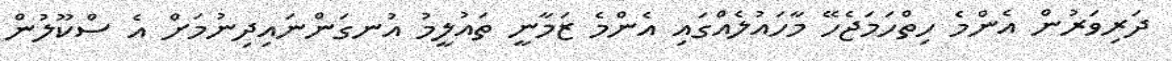
ދަރިވަރުން އެންމެ ހިތްހަމަޖެހޭ މާހައުލެއްގައި އެންމެ ޒަމާނީ ތައުލީމު އުނގަންނައިދިނުމަށް އެ ސްކޫލުން